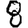
Digit: 8